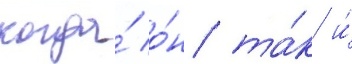
когда́ о́н та́к и́